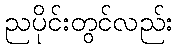
ညပိုင်းတွင်လည်း